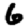
Digit: 6